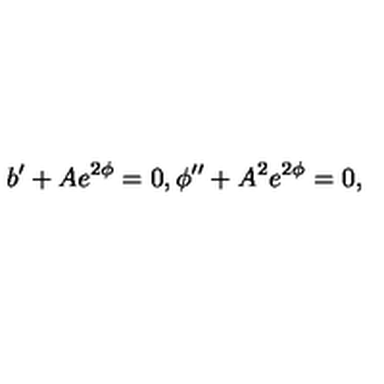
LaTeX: b ^ { \prime } + A e ^ { 2 \phi } = 0 , \phi ^ { \prime \prime } + A ^ { 2 } e ^ { 2 \phi } = 0 , \,